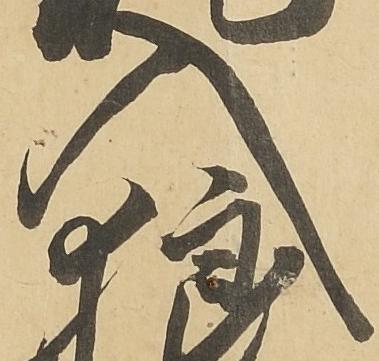
入